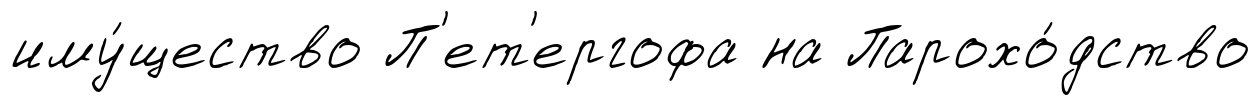
иму́щество П'ет'ергофа на Парохо́дство